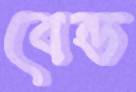
বেন্ড